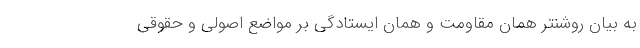
به بیان روشنتر همان مقاومت و همان ایستادگی بر مواضع اصولی و حقوقی